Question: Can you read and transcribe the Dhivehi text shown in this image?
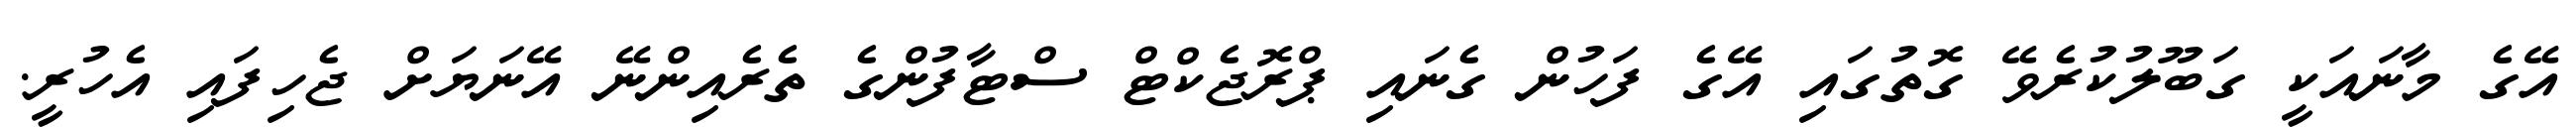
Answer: އޭގެ މާނައަކީ ގަބޫލުކުރެވޭ ގޮތުގައި އޭގެ ފަހުން ގެނައި ޕްރޮޖެކްޓް ސްޓާފުންގެ ތެރެއިންނޭ އޭނަޔަށް ޖެހިފައި އެހުރީ.